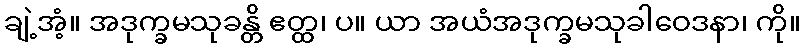
ချဲ့အံ့။ အဒုက္ခမသုခန္တိ ဧတ္ထ၊ ပ။ ယာ အယံအဒုက္ခမသုခါဝေဒနာ၊ ကို။